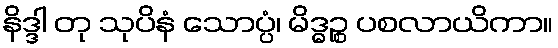
နိဒ္ဒါ တု သုပိနံ သောပ္ပံ၊ မိဒ္ဓဉ္စ ပစလာယိကာ။